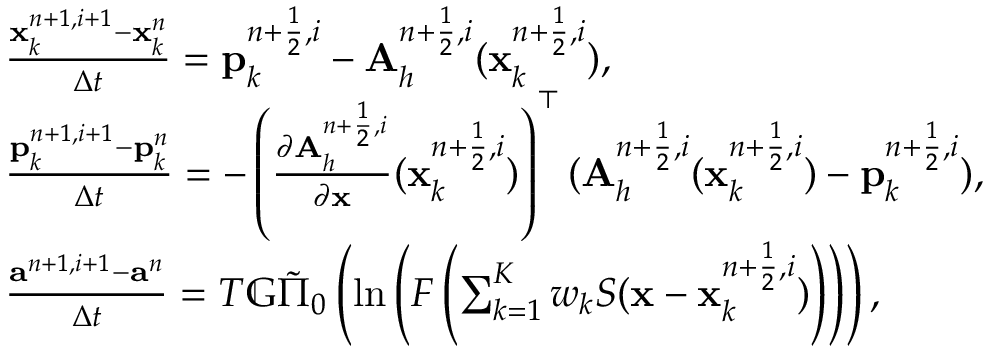
\begin{array} { r l } & { \frac { { \mathbf x } _ { k } ^ { n + 1 , i + 1 } - { \mathbf x } _ { k } ^ { n } } { \Delta t } = { \mathbf p } _ { k } ^ { n + \frac { 1 } { 2 } , i } - { \mathbf A } _ { h } ^ { n + \frac { 1 } { 2 } , i } ( { \mathbf x } _ { k } ^ { n + \frac { 1 } { 2 } , i } ) , } \\ & { \frac { { \mathbf p } _ { k } ^ { n + 1 , i + 1 } - { \mathbf p } _ { k } ^ { n } } { \Delta t } = - \left( \frac { \partial { \mathbf A } _ { h } ^ { n + \frac { 1 } { 2 } , i } } { \partial \mathbf x } ( { \mathbf x } _ { k } ^ { n + \frac { 1 } { 2 } , i } ) \right) ^ { \top } ( { \mathbf A } _ { h } ^ { n + \frac { 1 } { 2 } , i } ( { \mathbf x } _ { k } ^ { n + \frac { 1 } { 2 } , i } ) - { \mathbf p } _ { k } ^ { n + \frac { 1 } { 2 } , i } ) , } \\ & { \frac { { \mathbf a } ^ { n + 1 , i + 1 } - { \mathbf a } ^ { n } } { \Delta t } = T \mathbb { G } \tilde { \Pi } _ { 0 } \left( \ln \left( F \left( \sum _ { k = 1 } ^ { K } w _ { k } S ( { \mathbf x } - { \mathbf x } _ { k } ^ { n + \frac { 1 } { 2 } , i } ) \right) \right) \right) , } \end{array}